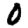
Digit: 0